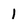
Character: 1